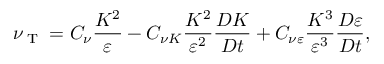
\nu _ { \textrm { T } } = C _ { \nu } \frac { K ^ { 2 } } { \varepsilon } - C _ { \nu K } \frac { K ^ { 2 } } { \varepsilon ^ { 2 } } \frac { D K } { D t } + C _ { \nu \varepsilon } \frac { K ^ { 3 } } { \varepsilon ^ { 3 } } \frac { D \varepsilon } { D t } ,